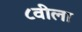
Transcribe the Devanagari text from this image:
८वीला